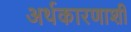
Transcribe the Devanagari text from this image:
अर्थकारणाशी